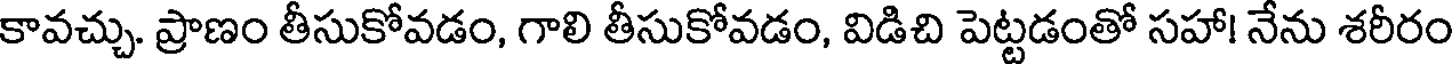
కావచ్చు. ప్రాణం తీసుకోవడం, గాలి తీసుకోవడం, విడిచి పెట్టడంతో సహా! నేను శరీరం